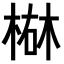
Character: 𪲴